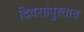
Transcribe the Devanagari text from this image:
दिवसांपुरताच